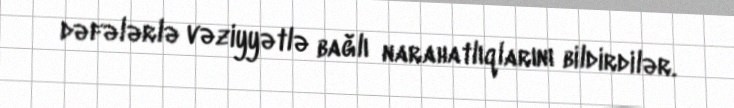
dəfələrlə vəziyyətlə bağlı narahatlıqlarını bildirdilər.